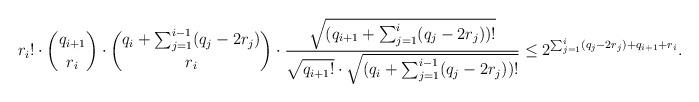
LaTeX: \begin{align*}r_i! \cdot \binom{q_{i+1}}{r_i} \cdot \binom{q_i+ \sum_{j=1}^{i-1} (q_j - 2 r_j) }{r_i} \cdot \frac{\sqrt{(q_{i+1}+ \sum_{j=1}^{i} (q_j - 2 r_j) )!}}{\sqrt{q_{i+1}!} \cdot \sqrt{(q_i+ \sum_{j=1}^{i-1} (q_j - 2 r_j))!}} \le 2^{\sum_{j=1}^i (q_j - 2 r_j) + q_{i+1} + r_i }. \end{align*}